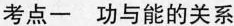
考点一 功与能的关系